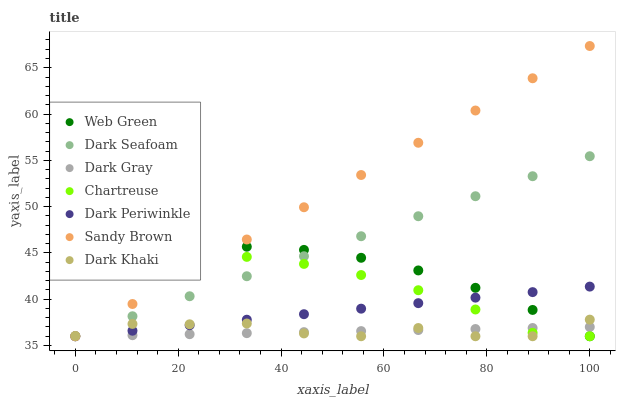
| xaxis_label | Web Green | Dark Seafoam | Dark Gray | Chartreuse | Dark Periwinkle | Sandy Brown | Dark Khaki |
 | --- | --- | --- | --- | --- | --- | --- | --- |
 | 0 | 43.6 | 36 | 36 | 44.2 | 36 | 36 | 36 |
 | 11.1 | 44.8 | 38.2 | 36.1 | 44.8 | 36.6 | 39.5 | 37.3 |
 | 22.2 | 45.5 | 40.3 | 36.2 | 44.9 | 37.2 | 43 | 37.3 |
 | 33.3 | 45.7 | 42.5 | 36.3 | 44.6 | 37.8 | 46.4 | 37.4 |
 | 44.4 | 45.3 | 44.6 | 36.4 | 43.8 | 38.4 | 49.9 | 36.3 |
 | 55.6 | 44.5 | 46.8 | 36.6 | 42.6 | 39 | 53.4 | 36 |
 | 66.7 | 43.1 | 49 | 36.7 | 41 | 39.6 | 56.9 | 36.9 |
 | 77.8 | 41.2 | 51.1 | 36.8 | 38.9 | 40.2 | 60.4 | 36 |
 | 88.9 | 38.8 | 53.3 | 36.9 | 36.4 | 40.8 | 63.9 | 36 |
 | 100 | 36 | 55.4 | 37 | 36 | 41.4 | 67.3 | 37.8 |